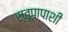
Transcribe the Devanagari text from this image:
स्तूपापाशी